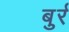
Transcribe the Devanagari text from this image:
बुर्र